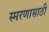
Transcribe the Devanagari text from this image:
स्मरणासाठी